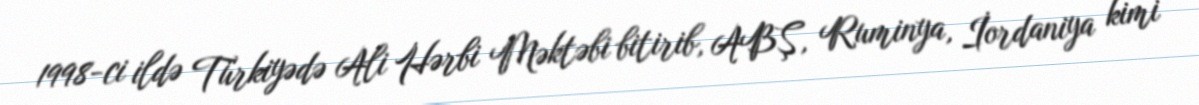
1998-ci ildə Türkiyədə Ali Hərbi Məktəbi bitirib, ABŞ, Ruminya, İordaniya kimi